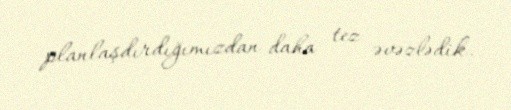
planlaşdırdığımızdan daha tez əvəzlədik.